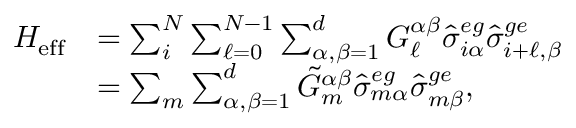
\begin{array} { r l } { H _ { \mathrm { e f f } } } & { = \sum _ { i } ^ { N } \sum _ { \ell = 0 } ^ { N - 1 } \sum _ { \alpha , \beta = 1 } ^ { d } G _ { \ell } ^ { \alpha \beta } \hat { \sigma } _ { i \alpha } ^ { e g } \hat { \sigma } _ { i + \ell , \beta } ^ { g e } } \\ & { = \sum _ { m } \sum _ { \alpha , \beta = 1 } ^ { d } \tilde { G } _ { m } ^ { \alpha \beta } \hat { \sigma } _ { m \alpha } ^ { e g } \hat { \sigma } _ { m \beta } ^ { g e } , } \end{array}